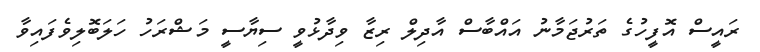
ރައީސް އޮފީހުގެ ތަރުޖަމާނު އައްބާސް އާދިލް ރިޒާ ވިދާޅުވީ ސިޔާސީ މަޝްރަހު ހަލަބޮލިވެފައިވާ